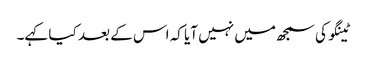
ٹینگو کی سمجھ میں نہیں آیا کہ اس کے بعد کیا کہے۔